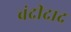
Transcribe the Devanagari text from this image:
वंदीदाद